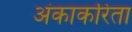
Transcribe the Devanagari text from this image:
अंकाकरिता